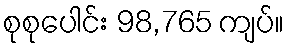
စုစုပေါင်း 98,765 ကျပ်။